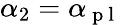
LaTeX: \alpha_{2}=\alpha_{\mathrm{~p~l~}}